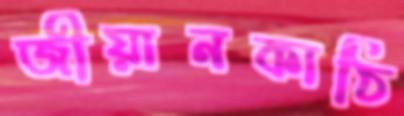
জীয়ানকাঠি